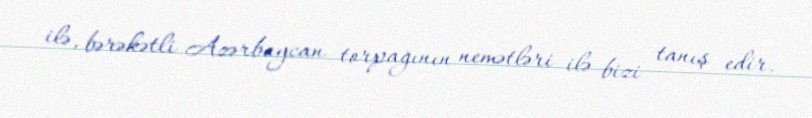
ilə, bərəkətli Azərbaycan torpağının nemətləri ilə bizi tanış edir.